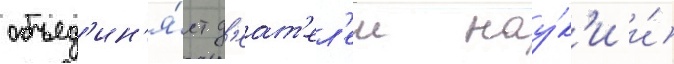
объед'ин'я́ет д'еат'ел'еи нау́к'и и́